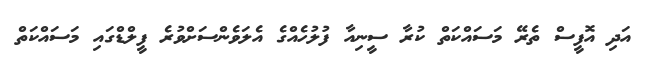
އަދި އޮފީސް ތެރޭ މަސައްކަތް ކުރާ ސީނިއާ ފުލުހެއްގެ އެލަވެންސަށްވުރެ ފީލްޑްގައި މަސައްކަތް